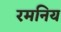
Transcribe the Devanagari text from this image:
रमनिय